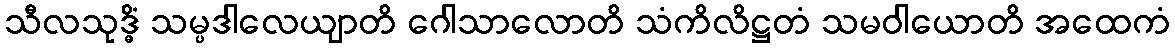
သီလသုဒ္ဓိံ သမ္ပဒါလေယျာတိ ဂေါသာလောတိ သံကိလိဋ္ဌတံ သမဝါယောတိ အထေကံ